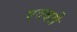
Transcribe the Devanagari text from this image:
एवबरी